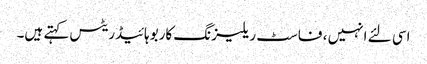
اسی لئے انہیں ، فاسٹ ریلیزنگ کاربوہائیڈریٹس کہتے ہیں۔